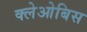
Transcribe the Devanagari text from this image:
क्लेओबिस